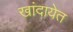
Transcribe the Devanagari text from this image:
खांदायेत